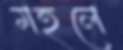
মহলে